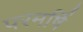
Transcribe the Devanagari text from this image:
परमर्षि